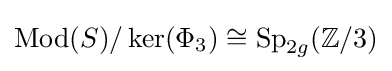
\operatorname {Mod} (S)/\ker(\Phi _{3})\cong \operatorname {Sp} _{2g}(\mathbb {Z} /3)